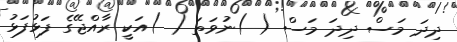
ދިދަ މަސް ދިދަ މަސް ( )ނުވަތަ ( )އަކީ ރާއްޖޭގެ ފަޅުފަޅު